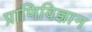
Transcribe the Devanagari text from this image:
प्राणिविज्ञान